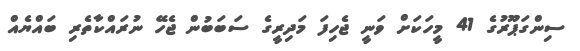
ސިންގަޕޫރުގެ 41 މީހަކަށް ވަނީ ޖެހިފަ މަދިރީގެ ސަބަބުން ޖެހޭ ނުރައްކާތެރި ބައްޔެއް